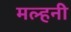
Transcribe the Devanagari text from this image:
मल्‍हनी